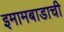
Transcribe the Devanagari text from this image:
इमामबाडाची